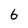
Character: 6